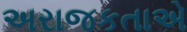
અરાજકતાએ